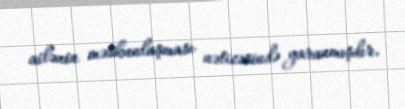
ailənin məskunlaşması nəticəsində yaranmışdır.